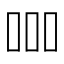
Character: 𠱠